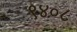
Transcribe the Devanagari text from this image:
९४०८